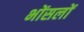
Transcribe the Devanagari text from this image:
भोंसलों